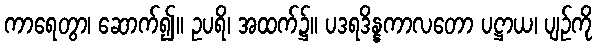
ကာရေတွာ၊ ဆောက်၍။ ဥပရိ၊ အထက်၌။ ပဒရဒိန္နကာလတော ပဋ္ဌာယ၊ ပျဉ်ကို